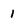
Character: 1